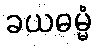
ခယဓမ္မံ